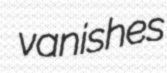
vanishes